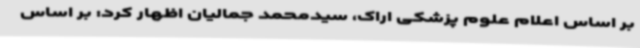
بر اساس اعلام علوم پزشکی اراک، سیدمحمد جمالیان اظهار کرد: بر اساس